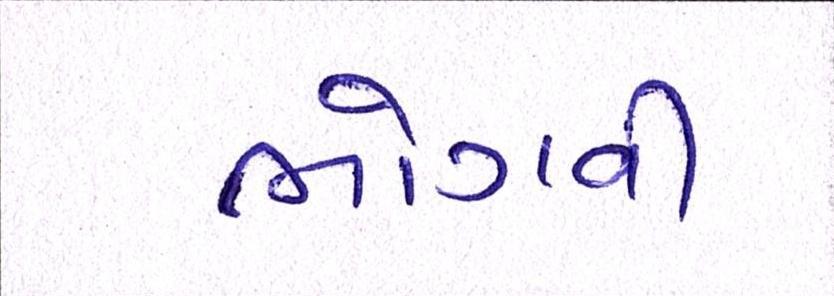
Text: ભોગવી